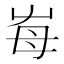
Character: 𡴋